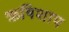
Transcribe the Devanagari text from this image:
ऋषिशाप